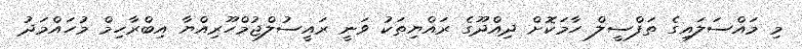
މި މައްސަލައިގެ ތަފްސީލް ހާމަކޮށް ދިއްދޫގެ ރައްޔިތަކު ވަނީ ރައީސުލްޖުމްހޫރިއްޔާ އިބްރާހިމް މުހައްމަދު